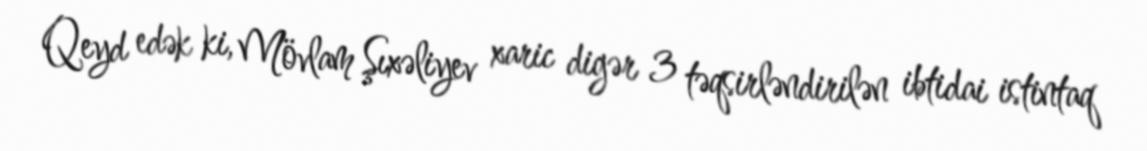
Qeyd edək ki, Mövlam Şıxəliyev xaric digər 3 təqsirləndirilən ibtidai istintaq